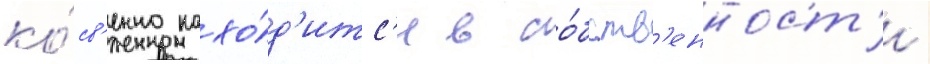
ко́св'енно нахо́д'итс'я в со́бств'енност'и